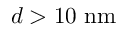
d > 1 0 ~ \mathrm { n m }